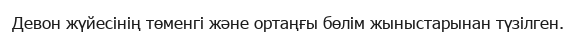
Девон жүйесінің төменгі және ортаңғы бөлім жыныстарынан түзілген.